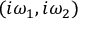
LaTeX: ( i \omega _ { 1 } , i \omega _ { 2 } )